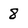
Character: 8